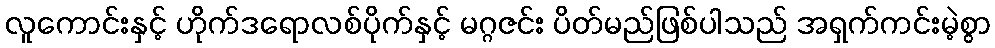
လူကောင်းနှင့် ဟိုက်ဒရောလစ်ပိုက်နှင့် မဂ္ဂဇင်း ပိတ်မည်ဖြစ်ပါသည် အရှက်ကင်းမဲ့စွာ